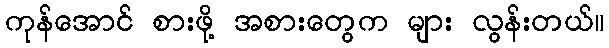
ကုန်အောင် စားဖို့ အစားတွေက များ လွန်းတယ်။